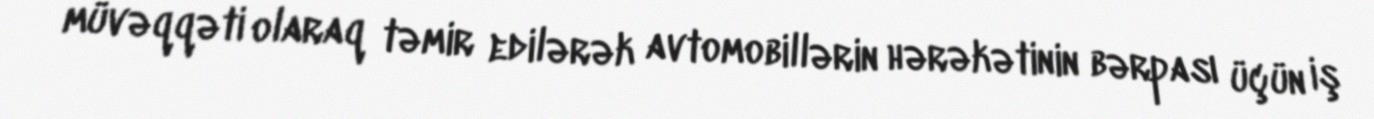
müvəqqəti olaraq təmir edilərək avtomobillərin hərəkətinin bərpası üçün iş